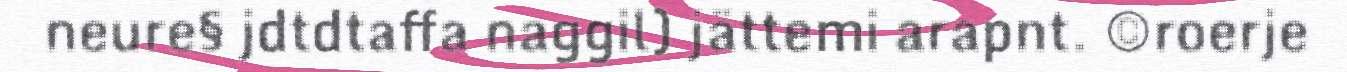
neure§ jdtdtaffa naggil) jättemi arapnt. ©roerje